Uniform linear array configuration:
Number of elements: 64
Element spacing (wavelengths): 0.25
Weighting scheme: hann
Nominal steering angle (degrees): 30
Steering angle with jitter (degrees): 29.128
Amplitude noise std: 0.05
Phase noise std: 0.05

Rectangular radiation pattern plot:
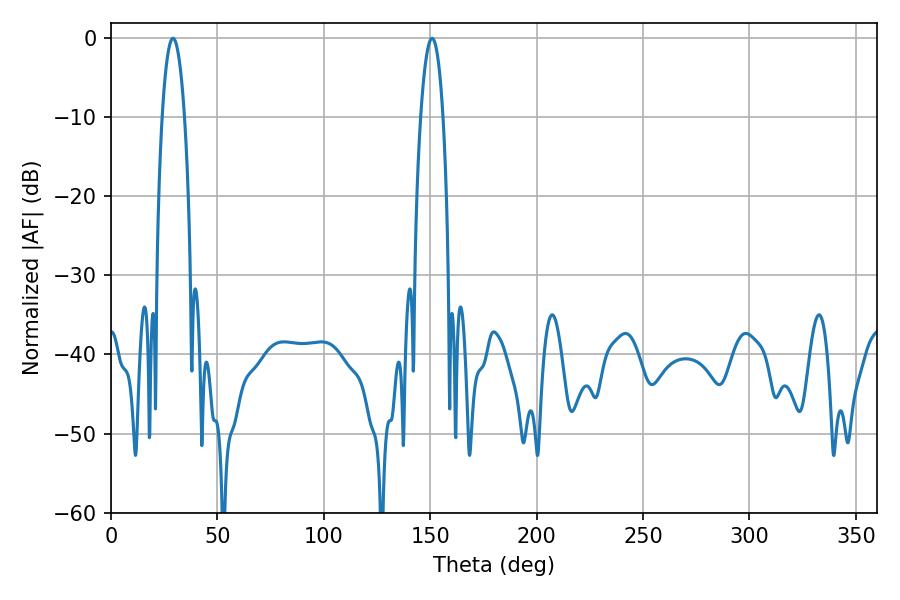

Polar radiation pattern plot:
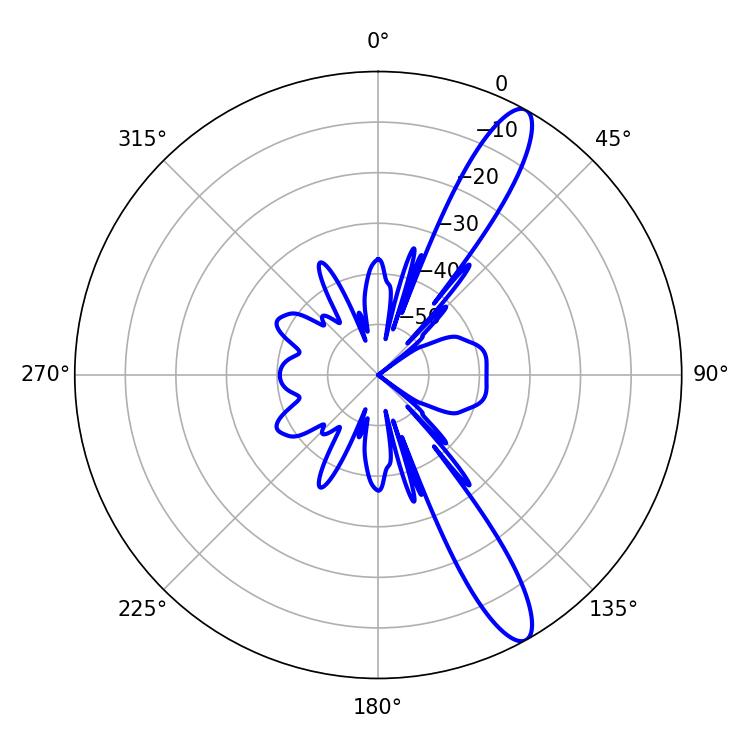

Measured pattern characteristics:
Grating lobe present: FALSE
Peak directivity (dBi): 12.73
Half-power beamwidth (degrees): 5.76
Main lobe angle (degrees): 29.16